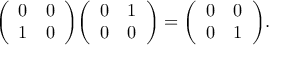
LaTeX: { \left( \begin{array} { l l } { 0 } & { 0 } \\ { 1 } & { 0 } \end{array} \right) } { \left( \begin{array} { l l } { 0 } & { 1 } \\ { 0 } & { 0 } \end{array} \right) } = { \left( \begin{array} { l l } { 0 } & { 0 } \\ { 0 } & { 1 } \end{array} \right) } .